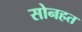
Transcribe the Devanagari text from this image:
सोनहत